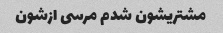
مشتریشون شدم مرسی ازشون